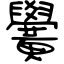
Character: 黌